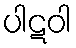
ပါဋဝါ